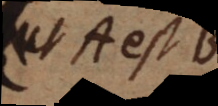
A est